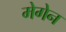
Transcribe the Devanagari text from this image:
मेगेन